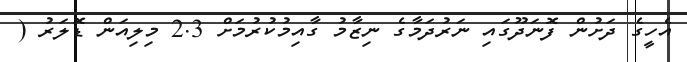
އެހީގެ ދަށުން ފޮނަދޫގައި ނަރުދަމާގެ ނިޒާމު ގާއިމުކުރުމަށް 2.3 މިލިއަން ޑޮލަރު (